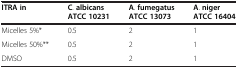
| ITRA in | C. albicans ATCC 10231 | A. fumegatus ATCC 13073 | A. niger ATCC 16404 |
 | --- | --- | --- | --- |
 | Micelles 5%* | 0.5 | 2 | 1 |
 | Micelles 50%** | 0.5 | 2 | 1 |
 | DMSO | 0.5 | 2 | 1 |